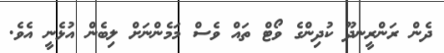
ދެން ރަންރީނދޫ ކުދިންގެ ވޯޓް ތައް ވެސް މަމެންނަށް ލިބެން އުޅެނީ އެވެ.